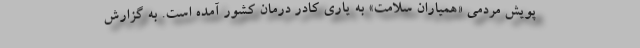
پویش مردمی «همیاران سلامت» به یاری کادر درمان کشور آمده است. به گزارش